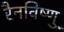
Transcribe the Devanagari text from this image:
रैनविष्णु